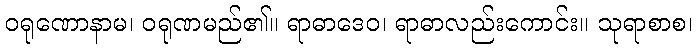
ဝရုဏောနာမ၊ ဝရုဏမည်၏။ ရာဓာဒေဝ၊ ရာဓာလည်းကောင်း။ သုရာစာစ၊